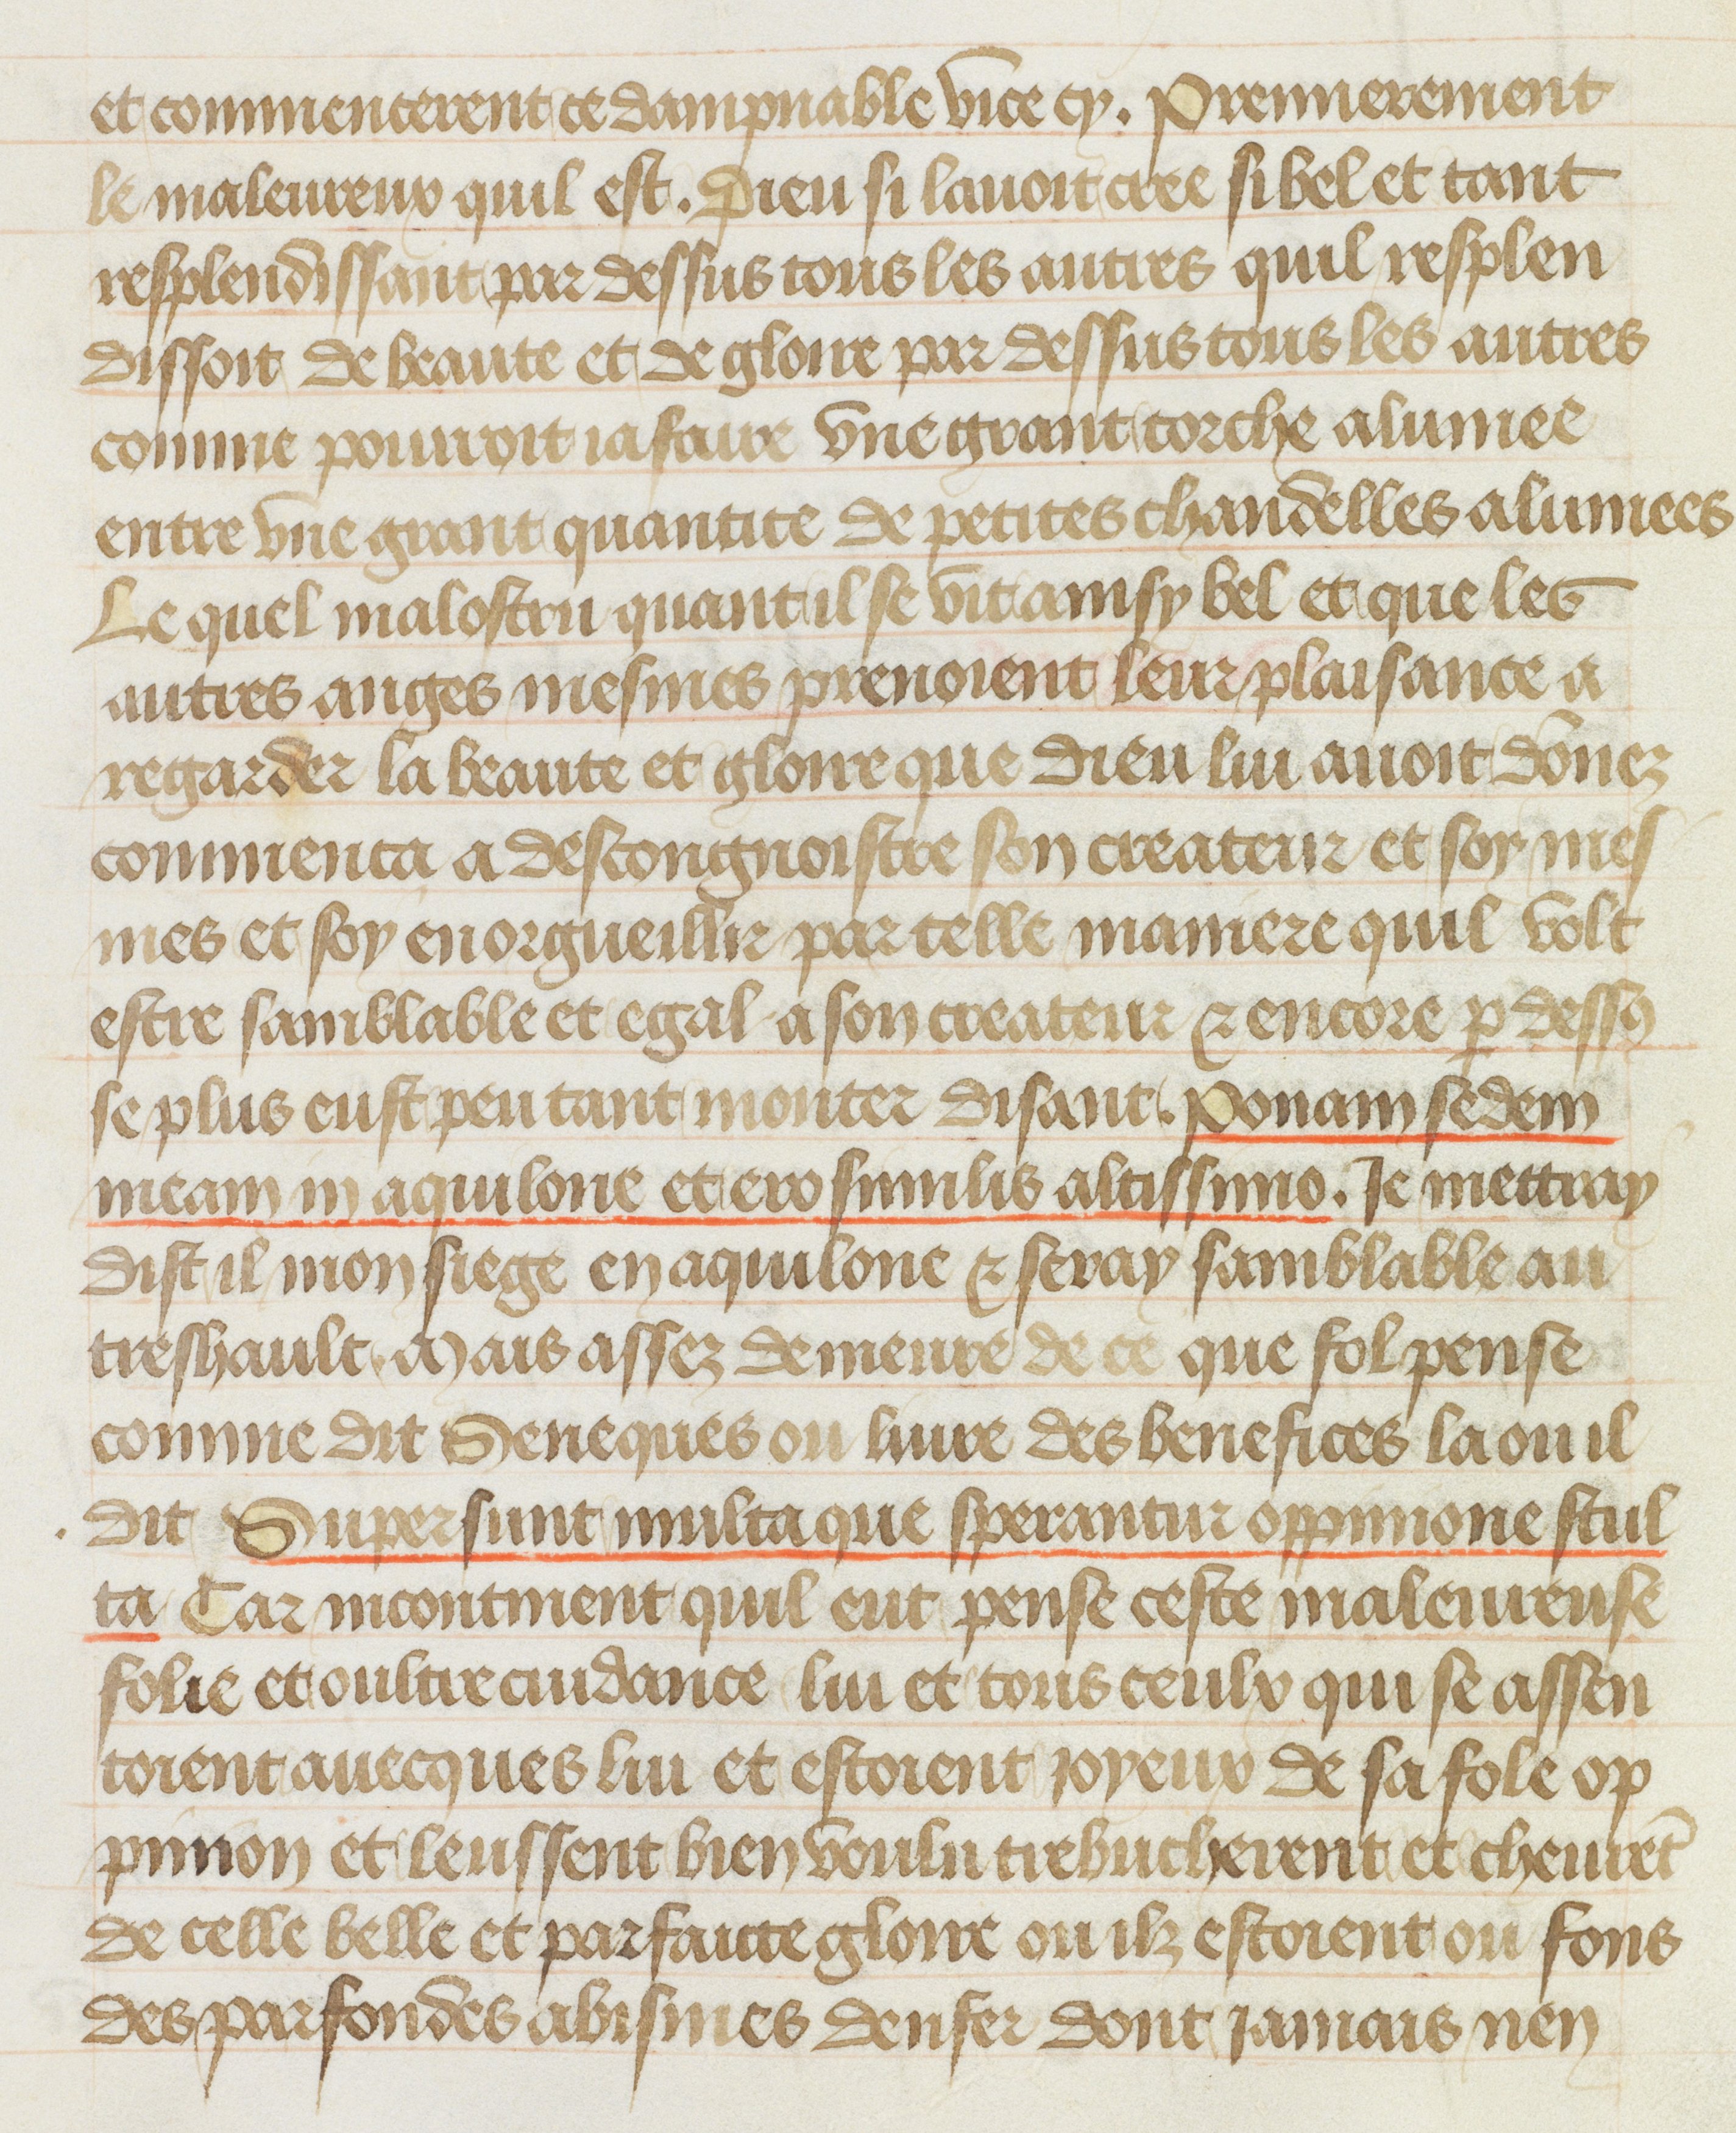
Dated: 1412–1415